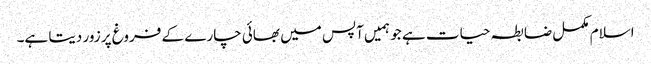
اسلام مکمل ضابطہ حیات ہے جو ہمیں آپس میں بھائی چارے کے فروغ پر زور دیتا ہے۔